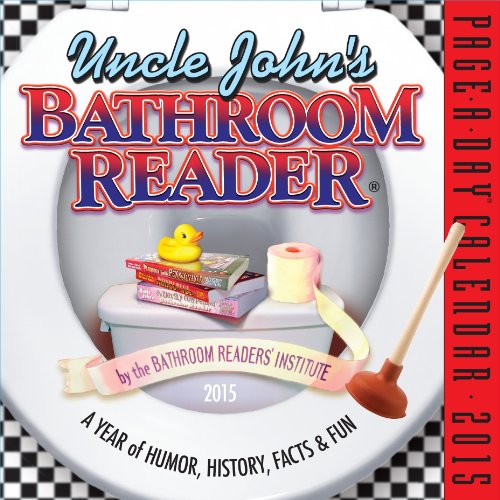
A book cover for Uncle John's Bathroom Reader 2015 Calendar; The Bathroom Readers' Institute; Calendars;